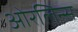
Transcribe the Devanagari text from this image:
ओरलिन्स